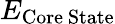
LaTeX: E_{\mathrm{Core~State}}